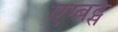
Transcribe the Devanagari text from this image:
एग्बर्ट्स